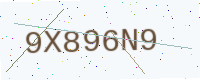
Text: 9X896N9